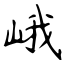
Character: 峨